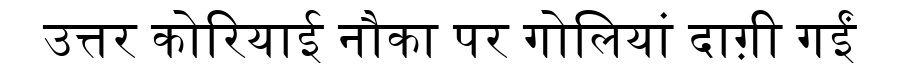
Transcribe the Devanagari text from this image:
उत्तर कोरियाई नौका पर गोलियां दाग़ी गईं